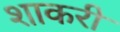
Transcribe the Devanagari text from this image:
शाकरी